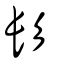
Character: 髟